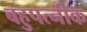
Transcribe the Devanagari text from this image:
बहुपत्‍नीक